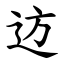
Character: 䢍